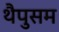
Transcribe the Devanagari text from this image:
थैपुसम